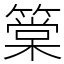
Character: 䉎